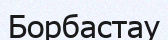
Борбастау